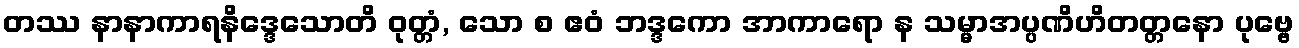
တဿ နာနာကာရနိဒ္ဒေသောတိ ဝုတ္တံ, သော စ ဧဝံ ဘဒ္ဒကော အာကာရော န သမ္မာအပ္ပဏိဟိတတ္တနော ပုဗ္ဗေ